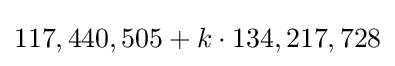
117,440,505+k\cdot 134,217,728